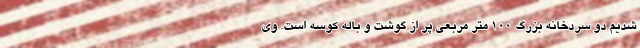
شدیم دو سردخانه بزرگ ۱۰۰ متر مربعی پر از گوشت و باله کوسه است. وی